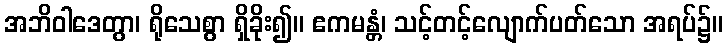
အဘိဝါဒေတွာ၊ ရိုသေစွာ ရှိခိုး၍။ ဧကမန္တံ၊ သင့်တင့်လျောက်ပတ်သော အရပ်၌။